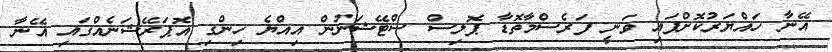
އޭނާ ހައްޔަރުކޮށްފައި ވަނީ ފަރެސްމާތޮޑާ ޕޮލިސް ސްޓޭޝަނުން އިއްޔެ ހިންގި އޮޕަރޭޝަނެއްގައި އޭނާ